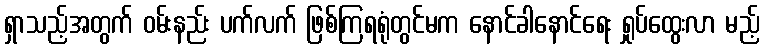
ရှာသည့်အတွက် ဝမ်းနည်း ပက်လက် ဖြစ်ကြရရုံတွင်မက နောင်ခါနောင်ရေး ရှုပ်ထွေးလာ မည့်